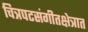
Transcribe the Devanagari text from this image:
चित्रपटसंगीतक्षेत्रात